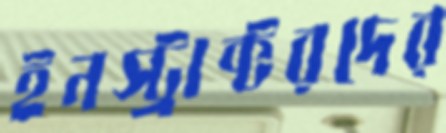
ইনস্ট্রাক্টরদের